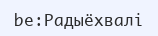
be:Радыёхвалі